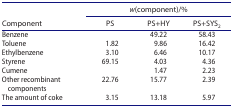
<table><thead><tr><td rowspan="2"><b>Component</b></td><td colspan="3"><b><i>w</i>(component)/%</b></td></tr><tr><td><b>PS</b></td><td><b>PS+HY</b></td><td><b>PS+SYS<sub>2</sub></b></td></tr></thead><tbody><tr><td>Benzene</td><td> </td><td>49.22</td><td>58.43</td></tr><tr><td>Toluene</td><td>1.82</td><td>9.86</td><td>16.42</td></tr><tr><td>Ethylbenzene</td><td>3.10</td><td>6.46</td><td>10.17</td></tr><tr><td>Styrene</td><td>69.15</td><td>4.03</td><td>4.36</td></tr><tr><td>Cumene</td><td> </td><td>1.47</td><td>2.23</td></tr><tr><td>Other recombinant components</td><td>22.76</td><td>15.77</td><td>2.39</td></tr><tr><td>The amount of coke</td><td>3.15 </td><td>13.18</td><td>5.97</td></tr></tbody></table>